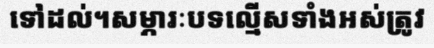
ទៅដល់។សម្ភារៈបទល្មើសទាំងអស់ត្រូវ